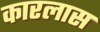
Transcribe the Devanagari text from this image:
कारलास